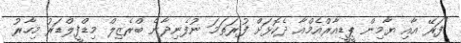
"ފަރޭ އާއި ޔާމިން ޕީޑީއާރްއެމްއާ ދެކޮޅަށް ފުރަތަމަ ނުފެނިދާނެ ބްރެޒިލް މިޑްފީލްޑަރު މިހާރު